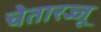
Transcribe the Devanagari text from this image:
चेतारज्जू